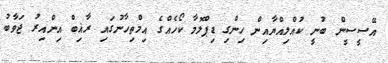
އޭސީސީން ބުނީ ކުއްލިއްޔާއިން ހިންގި ޑިޕްލޮމާ ކޯހެއްގެ އިމްތިހާނުގައި ރާޣިބް އިންއިރު ޖަވާބު